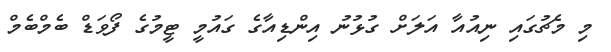
މި މެޗުގައި ނިއުއާ އަލަށް ގުޅުނު އިންޑިއާގެ ގައުމީ ޓީމުގެ ފޯވަޑް ބެމްބެމް